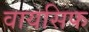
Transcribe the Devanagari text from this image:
वायसिफ